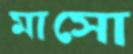
মাসো